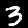
Digit: 3